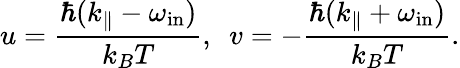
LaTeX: u=\frac{\hbar(k_{\| }-\omega_{\mathrm{in}})}{k_{B}T},\, \, \, v=-\frac{\hbar(k_{\| }+\omega_{\mathrm{in}})}{k_{B}T}.